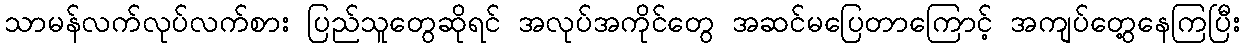
သာမန်လက်လုပ်လက်စား ပြည်သူတွေဆိုရင် အလုပ်အကိုင်တွေ အဆင်မပြေတာကြောင့် အကျပ်တွေ့နေကြပြီး